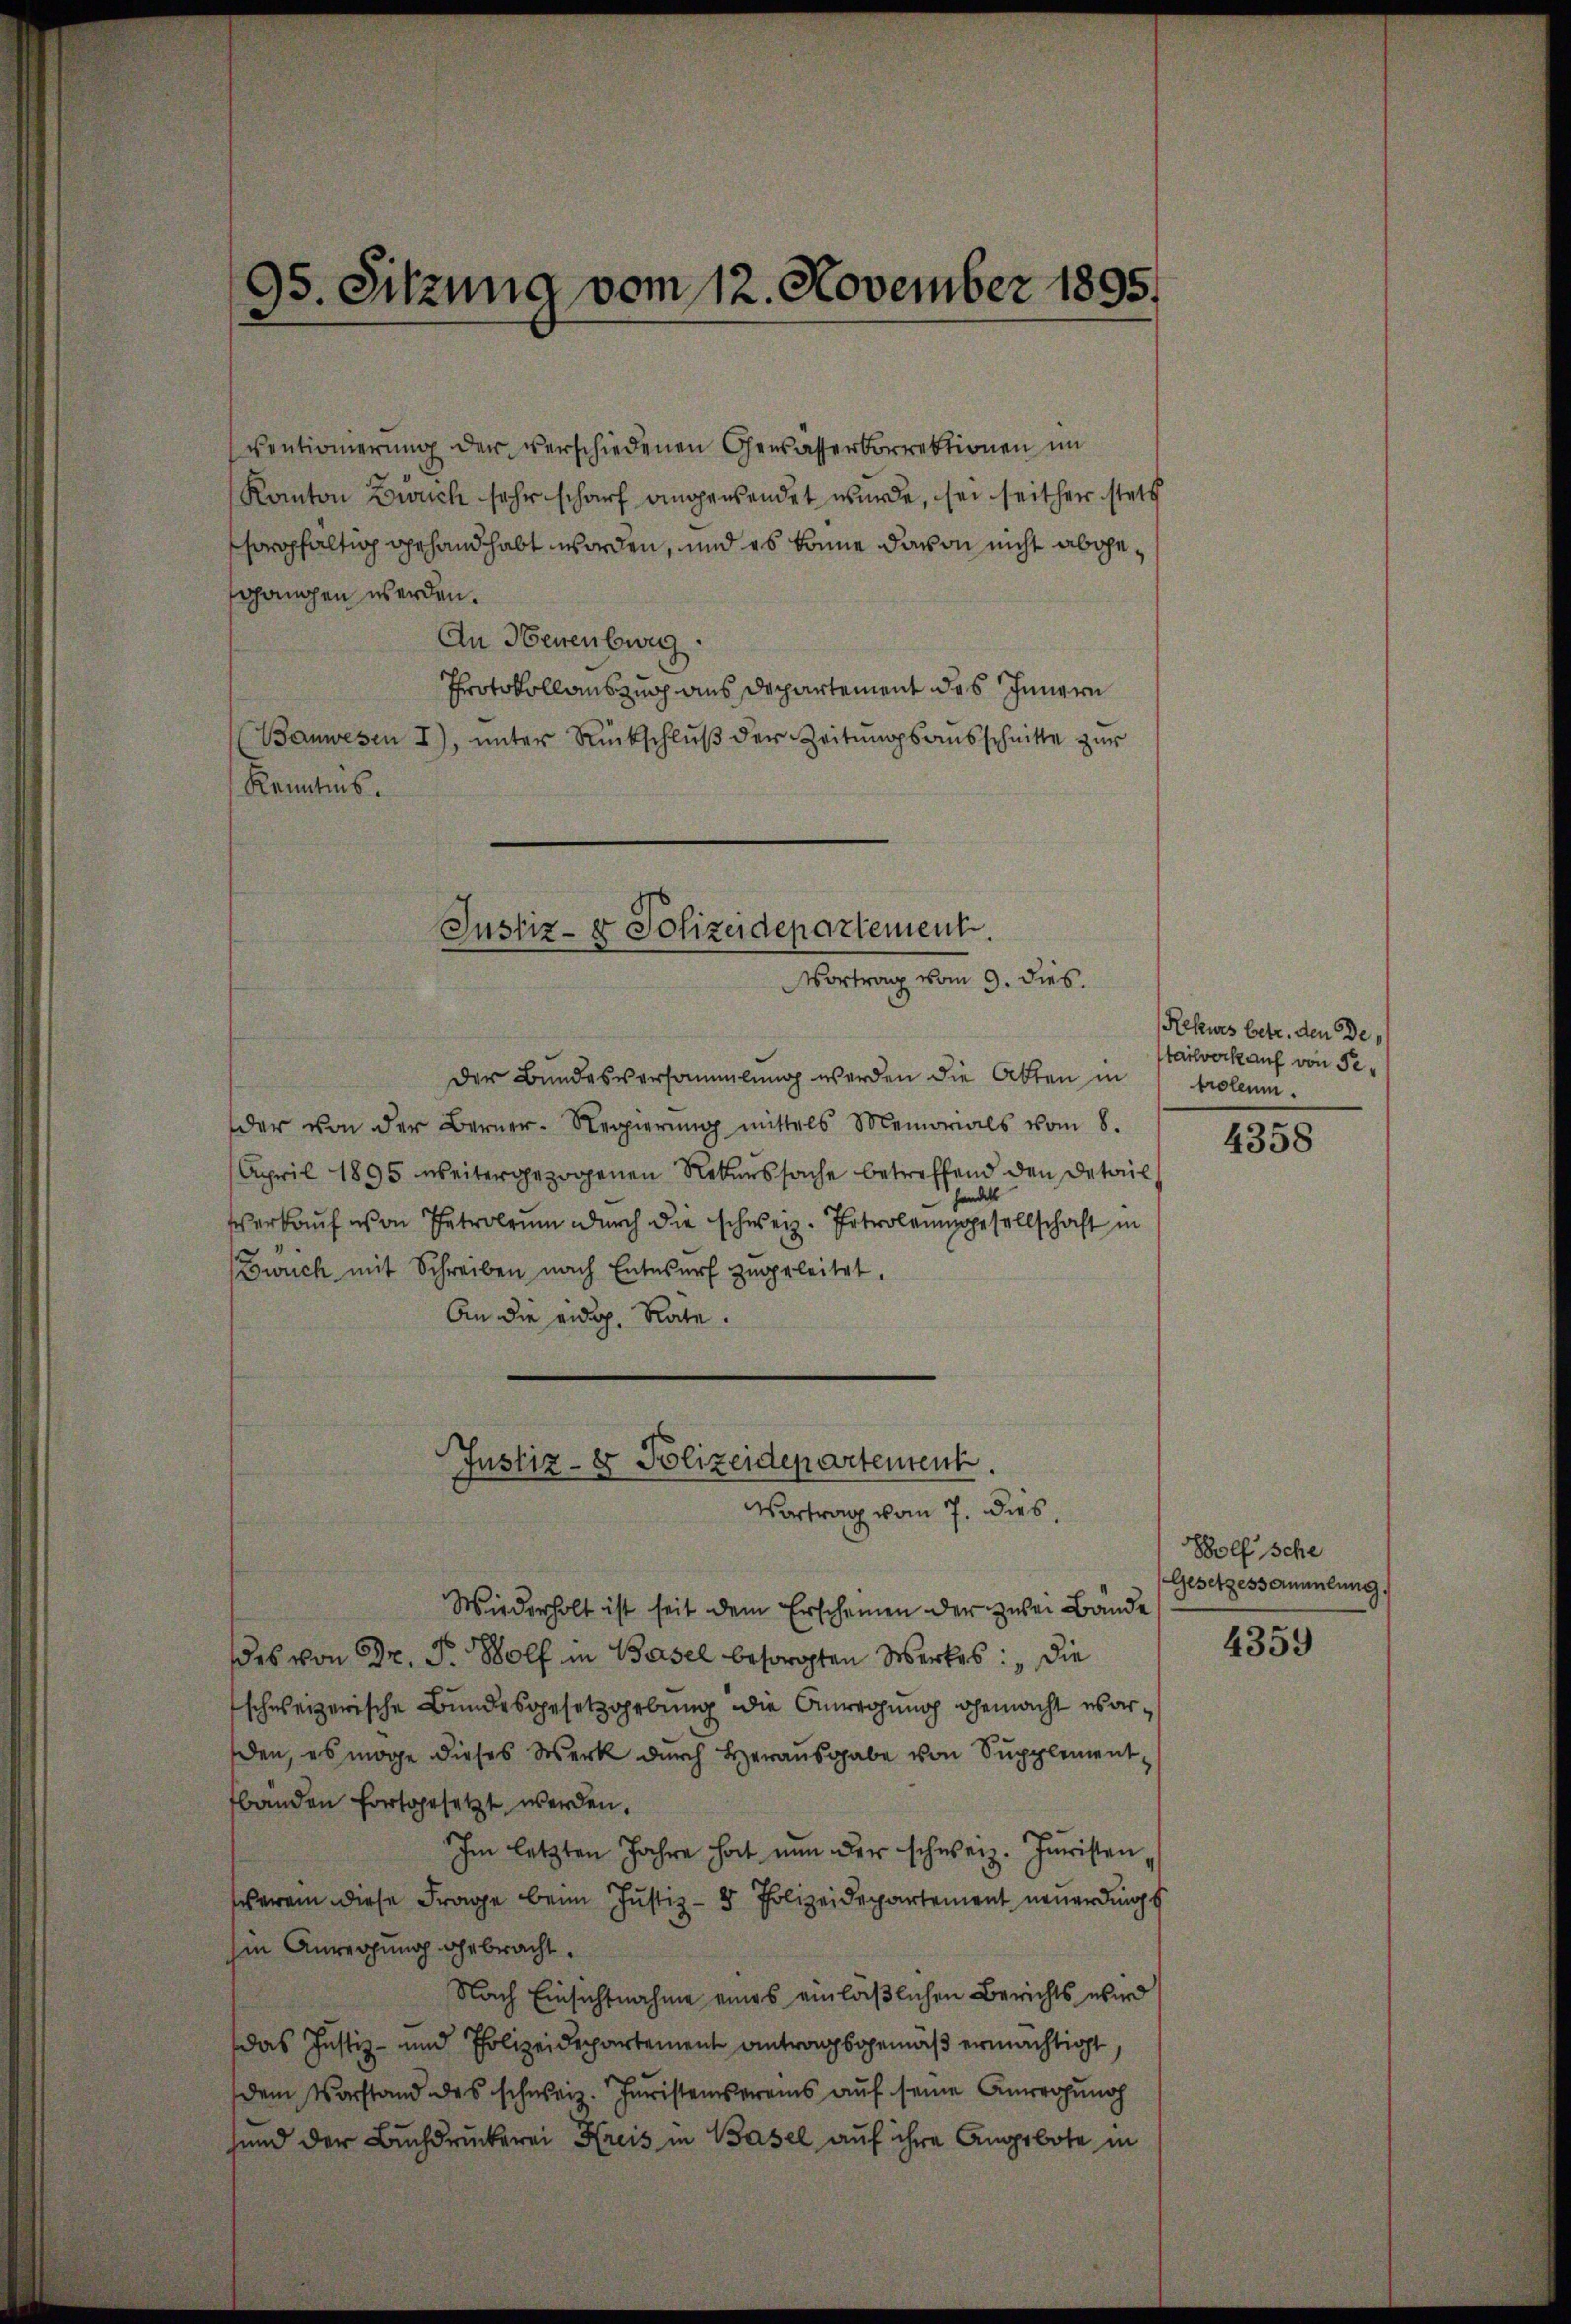
ventionierung der verschiedenen Gewässerkorrektionen im
Kanton Bruch sehr scharf angewendet wurde, sei seither stets
sorgfaltig gehandhabt worden, und es könne davon nicht abgegangen werden.
An Neuenburg
Protokollauszug aus Departement des Innern
Bauwesen I), unter Rückschluß der Zeitungsausschnitte zur
Kenntnis.
Der Bundesversammlung werden die Akten in
der von der Berner-Regierŭng mittels Memorials vom 8.
April 1895 weitergezogenen Rekurssache betreffend den Detail
handels
Verkauf von Petroleum durch die schweiz. Introleumgesellschaft in
wuch mit Schreiben nach Entwurf zugeleitet.
An die eidg. Rate.
Justiz- & Polizeidepartement.
Vortrag vom 7. dies
Wiederholt ist seit dem Erscheinen der zwei Bände
des von Dr. P. Wolf in Basel besorgten Werkes: „Die
schweizerische Bundesgesetzgebung die Anregung gemacht es arden, es möge dieses Werk durch Herausgabe von Supplement
bänden fortgesetzt werden.
Im letzten Jahre hat nun der schweiz. Juristen
erem diese Frage beim Justiz- & Polizeidepartement neuerdings
hin Anrechung gebracht.
Nach Einsichtnahme eines einläßlichen Berichts wird
das Justiz- und Polizeidepartement Antragsgemäß ermächtigt,
dem Vorstand des schweiz. Juristensereis auf seine Anregung
sind der Buchdruckerei Kreis in Basel auf ihre Angebote in

95. Sitzung vom 12. November 1895.

Justiz- & Polizeidepartement.
Vortrag vom 9. dies.

Rekurs betr. den de
tailverkauf von Setroleum.

4358

Bolf sche
Gesetzessammlung.

4359